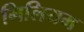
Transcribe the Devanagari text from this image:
मिलियम